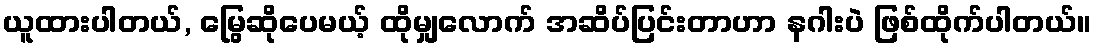
ယူထားပါတယ်, မြွေဆိုပေမယ့် ထိုမျှလောက် အဆိပ်ပြင်းတာဟာ နဂါးပဲ ဖြစ်ထိုက်ပါတယ်။